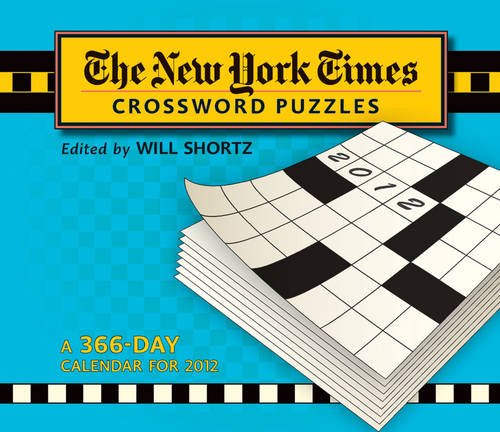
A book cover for The New York Times Crossword Puzzles 2012 Calendar; Will Shortz; Calendars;